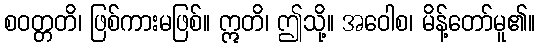
စဝတ္တတိ၊ ဖြစ်ကားမဖြစ်။ ဣတိ၊ ဤသို့။ အဝေါစ၊ မိန့်တော်မူ၏။